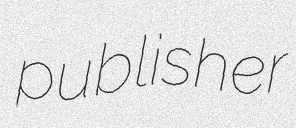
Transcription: publisher